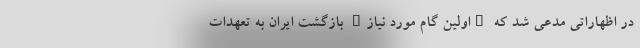
در اظهاراتی مدعی شد که "اولین گام مورد نیاز" بازگشت ایران به تعهدات